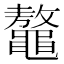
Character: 鼇